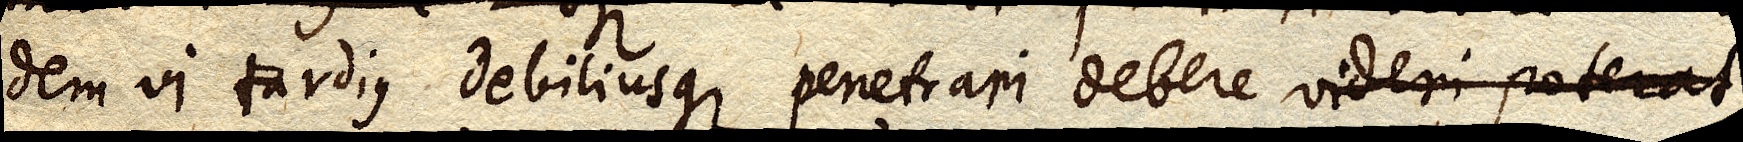
dem vi tardius debiliusque penetrari debere videri poterat